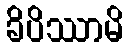
ခိပိဿာမိ